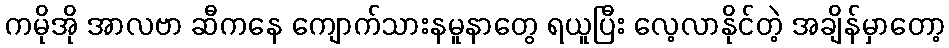
ကမိုအို အာလဗာ ဆီကနေ ကျောက်သားနမူနာတွေ ရယူပြီး လေ့လာနိုင်တဲ့ အချိန်မှာတော့